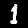
Label: 1